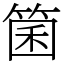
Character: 箘